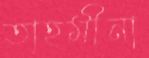
তাহমীনা